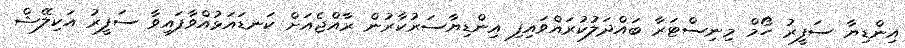
އިންޑިޔާ ސަފީރު ހޯމް މިނިސްޓަރާ ބައްދަލުކުރައްވައިފި އިންޑިޔާސަރުކާރުން ރާއްޖެއަށް ކަނޑައަޅުއްވާފައިވާ ސަފީރު އަކިލޭޝް